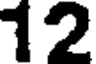
12